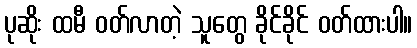
ပုဆိုး ထမီ ဝတ်လာတဲ့ သူတွေ ခိုင်ခိုင် ဝတ်ထားပါ။